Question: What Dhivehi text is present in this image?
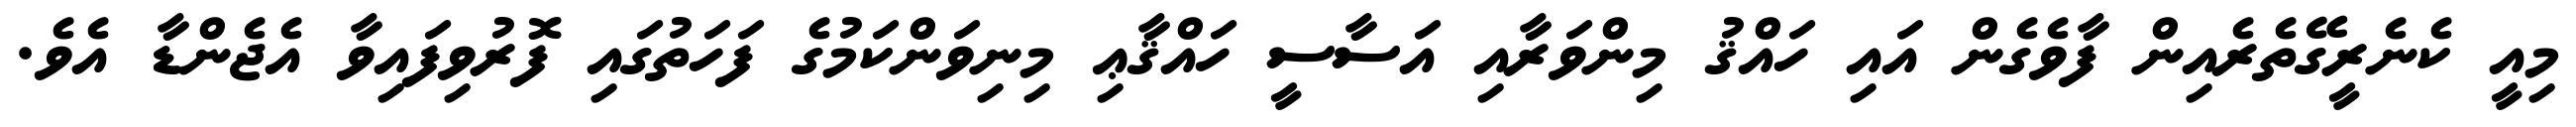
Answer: މިއީ ކެނެރީގޭތެރެއިން ފާވެގެން އައި ހައްޤު މިންވަރާއި އަސާސީ ހައްޤާޢި މިނިވަންކަމުގެ ފަހަތުގައި ފޮރުވިފައިވާ އެޖެންޑާ އެވެ.